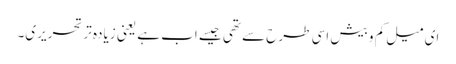
ای میل کم و بیش اسی طرح سے تھی جیسے اب ہے یعنی زیادہ تر تحریری۔